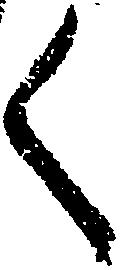
く